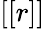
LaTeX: \left[\left[r\right]\right]